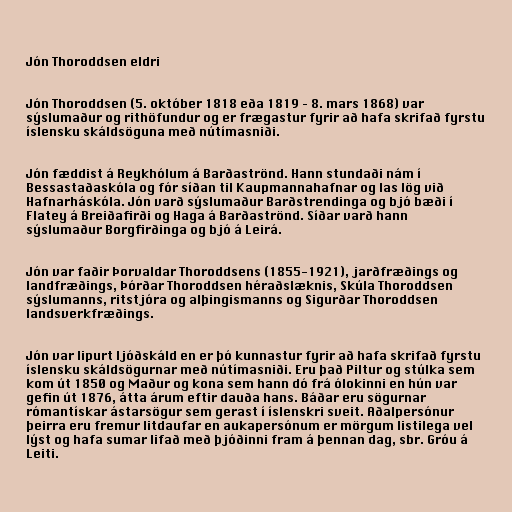
Jón Thoroddsen eldri

Jón Thoroddsen (5. október 1818 eða 1819 – 8. mars 1868) var
sýslumaður og rithöfundur og er frægastur fyrir að hafa skrifað fyrstu
íslensku skáldsöguna með nútímasniði.

Jón fæddist á Reykhólum á Barðaströnd. Hann stundaði nám í
Bessastaðaskóla og fór síðan til Kaupmannahafnar og las lög við
Hafnarháskóla. Jón varð sýslumaður Barðstrendinga og bjó bæði í
Flatey á Breiðafirði og Haga á Barðaströnd. Síðar varð hann
sýslumaður Borgfirðinga og bjó á Leirá.

Jón var faðir Þorvaldar Thoroddsens (1855-1921), jarðfræðings og
landfræðings, Þórðar Thoroddsen héraðslæknis, Skúla Thoroddsen
sýslumanns, ritstjóra og alþingismanns og Sigurðar Thoroddsen
landsverkfræðings.

Jón var lipurt ljóðskáld en er þó kunnastur fyrir að hafa skrifað fyrstu
íslensku skáldsögurnar með nútímasniði. Eru það Piltur og stúlka sem
kom út 1850 og Maður og kona sem hann dó frá ólokinni en hún var
gefin út 1876, átta árum eftir dauða hans. Báðar eru sögurnar
rómantískar ástarsögur sem gerast í íslenskri sveit. Aðalpersónur
þeirra eru fremur litdaufar en aukapersónum er mörgum listilega vel
lýst og hafa sumar lifað með þjóðinni fram á þennan dag, sbr. Gróu á
Leiti.